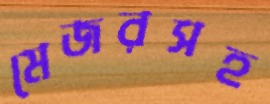
মেজরসহ